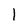
Character: 1